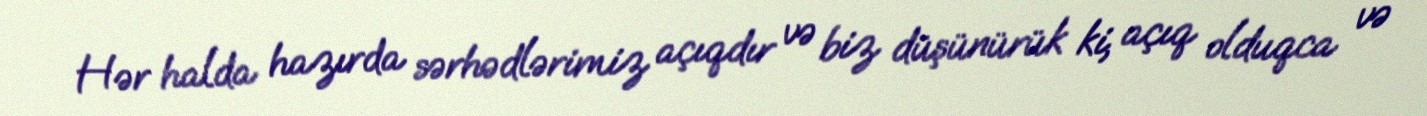
Hər halda hazırda sərhədlərimiz açıqdır və biz düşünürük ki, açıq olduqca və